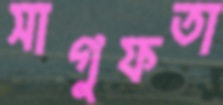
সাগুফতা